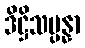
ဒိဋ္ဌိသမ္ပန္နာ